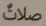
صلات